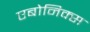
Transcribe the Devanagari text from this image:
एबोनिक्स